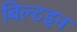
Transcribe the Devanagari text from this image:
बिल्टइन